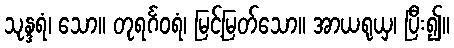
သုန္ဒရံ၊ သော။ တုရင်္ဂဝရံ၊ မြင့်မြတ်သော။ အာယရုယှ၊ ပြီး၍။